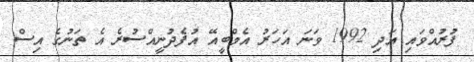
ފުރުއްވައި އަދި 1992 ވަނަ އަހަރު އެމްބީއޭ އުފެދުނީއްސުރެ އެ ތަނުގެ އިސް